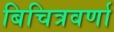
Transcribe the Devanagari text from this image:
बिचित्रवर्णा